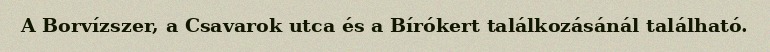
A Borvízszer, a Csavarok utca és a Bírókert találkozásánál található.